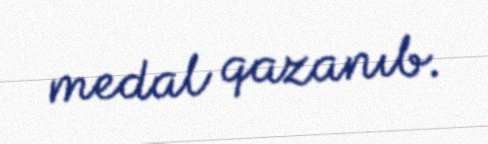
medal qazanıb.